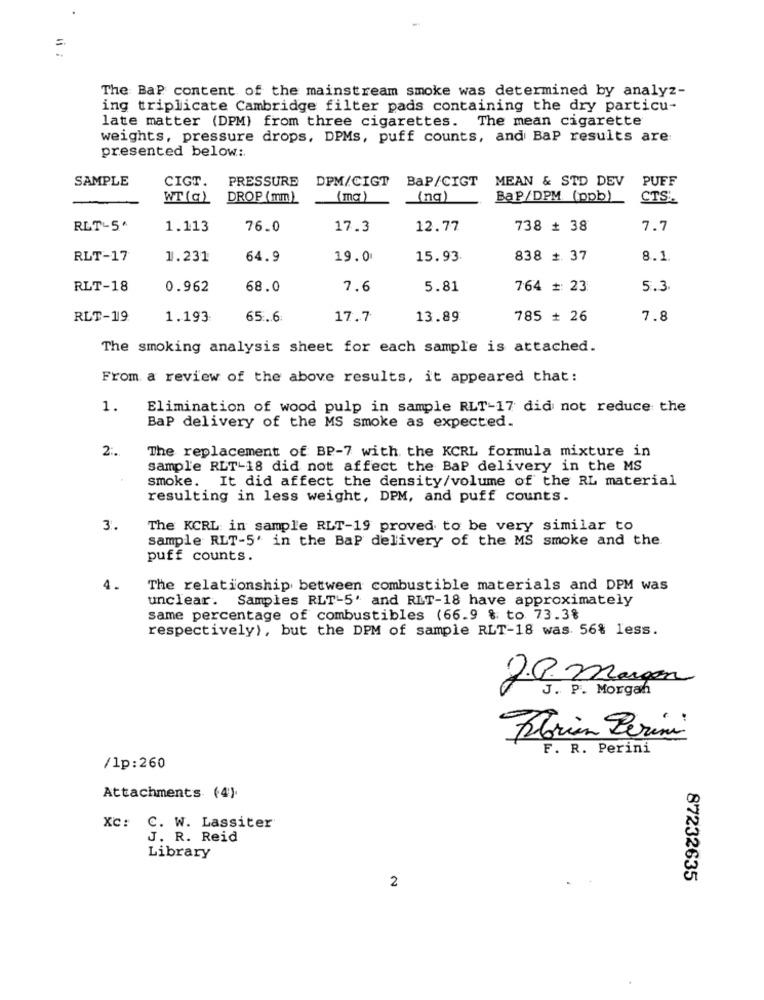
The BaP content of the mainstream smoke was determined by analyz-
ing triplicate Cambridge filter pads containing the dry particu-
late matter (DPM) from three cigarettes. The mean cigarette
weights, pressure drops, DPMs, puff counts, and BaP results are
presented below :.
SAMPLE
CIGT.
PRESSURE
DPM/CIGT
BaP/CIGT
MEAN & STD DEV
PUFF
WT(a)
DROP (mm)
(mg)
(nq)
BaP/DPM (ppb)
CTS .:
RLT-5^
1.113
76.0
17.3
12.77
738 # 38
7.7
RLT-17
1.231
64.9
19.0
15.93
838 + 37
8.1
RLT-18
0.962
68.0
7.6
5.81
764 #: 23
5.3.
RLT-19:
1.193:
65 ... 6
17.7
13.89
785 + 26
7.8
The smoking analysis sheet for each sample is attached.
From a review of the above results, it appeared that:
1.
Elimination of wood pulp in sample RLT-17 did not reduce the
BaP delivery of the MS smoke as expected.
2 :.
The replacement of BP-7 with the KCRL formula mixture in
sample RLT-18 did not affect the BaP delivery in the MS
smoke. It did affect the density/volume of the RL material
resulting in less weight, DPM, and puff counts.
3.
The KCRL in sample RLT-19 proved to be very similar to
sample RLT-5' in the BaP delivery of the MS smoke and the
puff counts.
4.
The relationship between combustible materials and DPM was
unclear. Samples RLT-5' and RLT-18 have approximately
same percentage of combustibles (66.9 & to 73.3%
respectively), but the DPM of sample RLT-18 was. 56% less.
J.P. Margen
J . P . Morgan
Florian Lerini
F. R. Perini
/lp:260
Attachments (4).
XC: C. W. Lassiter
J. R. Reid
Library
87232635
2